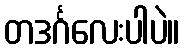
တဒင်္ဂလေးပါပဲ။